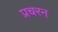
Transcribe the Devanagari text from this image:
प्रचरन